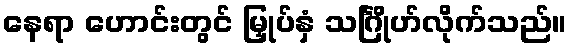
နေရာ ဟောင်းတွင် မြှုပ်နှံ သင်္ဂြိုဟ်လိုက်သည်။